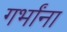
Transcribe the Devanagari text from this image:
गर्भांना